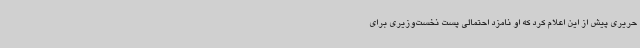
حریری پیش از این اعلام کرد که او نامزد احتمالی پست نخست‌وزیری برای